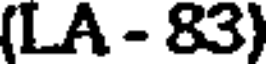
(LA - 83)